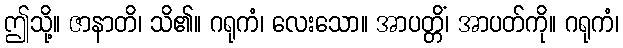
ဤသို့။ ဇာနာတိ၊ သိ၏။ ဂရုကံ၊ လေးသော။ အာပတ္တိံ၊ အာပတ်ကို။ ဂရုကံ၊